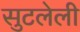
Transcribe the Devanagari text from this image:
सुटलेली